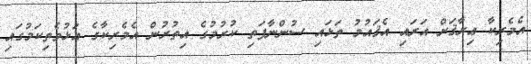
އެމެރިކާ ޢިރާޤަށް އަރައި އެޤައުމު ތަޅައި ސުންނާފަތި ކުރުމުގެ އިތުރުން އެމެރިކާގެ އަޅުވެތިކަމުގައި